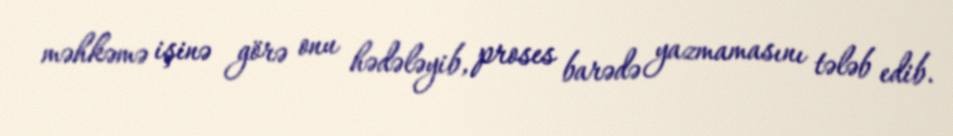
məhkəmə işinə görə onu hədələyib, proses barədə yazmamasını tələb edib.